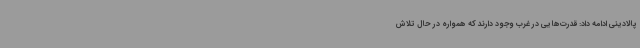
پالادینی ادامه داد: قدرت‌هایی در غرب وجود دارند که همواره در حال تلاش